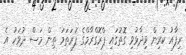
ރިފާއު ކުރިން ވިދާޅުވި ގޮތުގައި ޕްރޮގްރާމްގެ ފުރަތަމަ ތިން މަސް ދުވަހު އެ